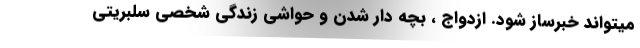
میتواند خبرساز شود. ازدواج ، بچه دار شدن و حواشی زندگی شخصی سلبریتی